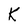
Character: k